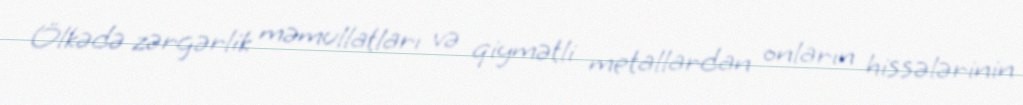
Ölkədə zərgərlik məmullatları və qiymətli metallardan onların hissələrinin